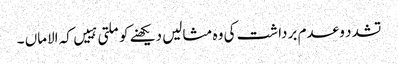
تشدد و عدم برداشت کی وہ مثالیں دیکھنے کو ملتی ہییں کہ الاماں ۔